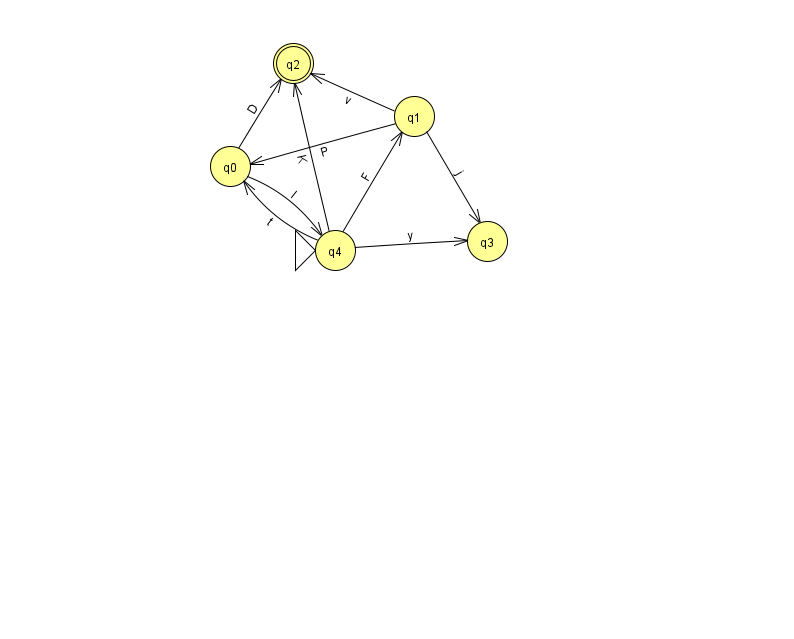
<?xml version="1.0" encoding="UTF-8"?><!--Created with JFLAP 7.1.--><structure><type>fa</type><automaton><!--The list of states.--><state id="0" name="q0"><x>230.0</x><y>153.0</y></state><state id="1" name="q1"><x>414.0</x><y>103.0</y></state><state id="2" name="q2"><x>293.0</x><y>50.0</y><final/></state><state id="3" name="q3"><x>487.0</x><y>228.0</y></state><state id="4" name="q4"><x>335.0</x><y>237.0</y><initial/></state><!--The list of transitions.--><transition><from>1</from><to>3</to><read>j</read></transition><transition><from>4</from><to>2</to><read>K</read></transition><transition><from>4</from><to>3</to><read>y</read></transition><transition><from>0</from><to>2</to><read>D</read></transition><transition><from>4</from><to>1</to><read>F</read></transition><transition><from>0</from><to>4</to><read>l</read></transition><transition><from>1</from><to>0</to><read>P</read></transition><transition><from>1</from><to>2</to><read>v</read></transition><transition><from>4</from><to>0</to><read>t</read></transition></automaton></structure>